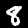
Digit: 8